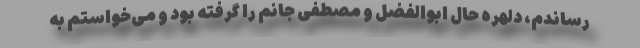
رساندم، دلهره حال ابوالفضل و مصطفی جانم را گرفته بود و می‌خواستم به